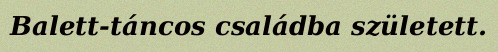
Balett-táncos családba született.